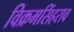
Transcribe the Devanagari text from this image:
विक्रमसिंहराव